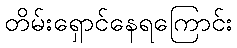
တိမ်းရှောင်နေရကြောင်း